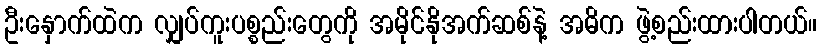
ဦးနှောက်ထဲက လျှပ်ကူးပစ္စည်းတွေကို အမိုင်နိုအက်ဆစ်နဲ့ အဓိက ဖွဲ့စည်းထားပါတယ်။